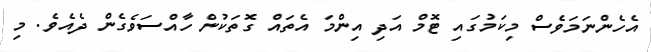
އެހެންނަމަވެސް މިކަމުގައި ޓޮމް އަދި އިންމަ އެތައް ގޮތަކުން ހާއްސަވެގެން ދެއެވެ. މި